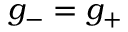
g _ { - } = g _ { + }